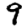
Digit: 9